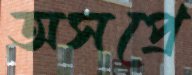
অসপ্রে